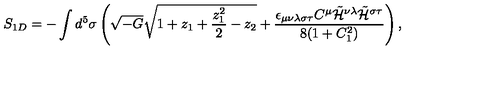
S _ { 1 D } = - \int d ^ { 5 } \sigma \left( \sqrt { - G } \sqrt { 1 + z _ { 1 } + \frac { z _ { 1 } ^ { 2 } } { 2 } - z _ { 2 } } + \frac { \epsilon _ { \mu \nu \lambda \sigma \tau } C ^ { \mu } \tilde { \cal H } ^ { \nu \lambda } \tilde { \cal H } ^ { \sigma \tau } } { 8 ( 1 + C _ { 1 } ^ { 2 } ) } \right) ,